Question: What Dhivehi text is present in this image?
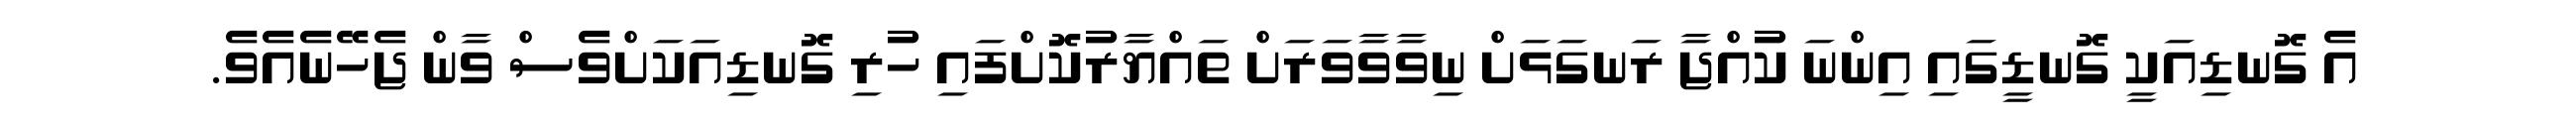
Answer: އެ ގޮނޑިއަކީ ގޮނޑީގައި އިންނަ ކުއްޖާ ރަނގަޅަށް ނިވާވާވަރަށް ތައްޔާރުކޮށްފައި ހުރި ގޮނޑިއަކަށްވެސް ވާން ޖެހޭނެއެވެ.